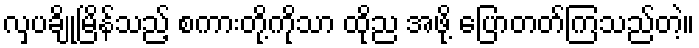
လှပချိုမြိန်သည့် စကားတို့ကိုသာ ထိုည အဖို့ ပြောတတ်ကြသည်တဲ့။